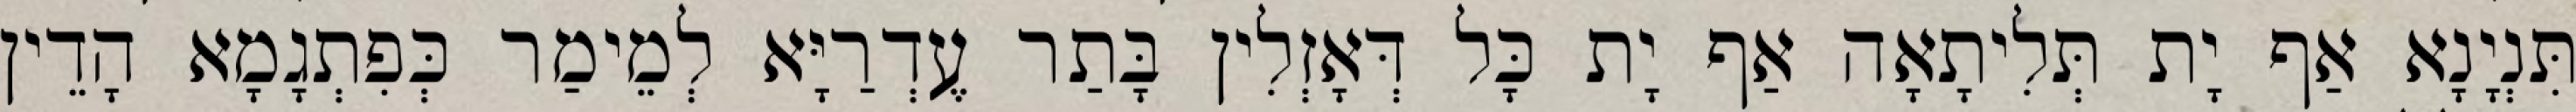
תִּנְיָנָא אַף יָת תְּלִיתָאָה אַף יָת כָּל דְּאָזְלִין בָּתַר עֶדְרַיָּא לְמֵימַר כְּפִתְגָמָא הָדֵין